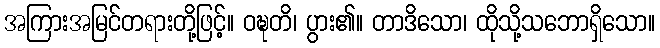
အကြားအမြင်တရားတို့ဖြင့်။ ဝဍ္ဎတိ၊ ပွား၏။ တာဒိသော၊ ထိုသို့သဘောရှိသော။